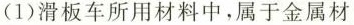
(1)滑板车所用材料中，属于金属材